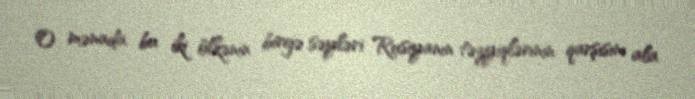
O mənada bu iki ölkənin birgə səyləri Rusiyanın təzyiqlərinin qarşısını ala